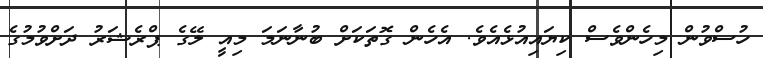
ހުސްވުން މިހެންވެސް ކިޔައިއުޅެއެވެ. އެހެން ގޮތަކަށް ބުނާނަމަ މިއީ ލޭގެ ޕްރެޝަރު ދަށްވުމުގެ